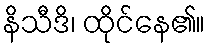
နိသီဒိ၊ ထိုင်နေ၏။